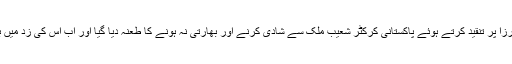
اس سے قبل بھارتی ٹینس اسٹار ثانیہ مرزا پر تنقید کرتے ہوئے پاکستانی کرکٹر شعیب ملک سے شادی کرنے اور بھارتی نہ ہونے کا طعنہ دیا گیا اور اب اس کی زد میں بالی وڈ اداکارہ کرینہ کپور خان آئی ہیں۔